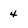
Character: 4